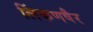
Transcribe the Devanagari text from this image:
लिंकणषैर